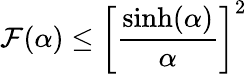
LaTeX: \mathcal{F}(\alpha)\leq\left[\frac{\sinh(\alpha)}{\alpha}\right]^{2}